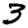
Digit: 3